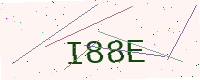
Text: I88E